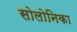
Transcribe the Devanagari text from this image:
सोलोनिका